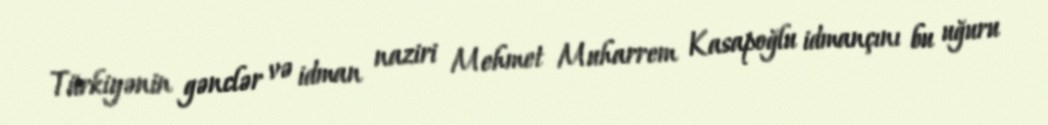
Türkiyənin gənclər və idman naziri Mehmet Muharrem Kasapoğlu idmançını bu uğuru